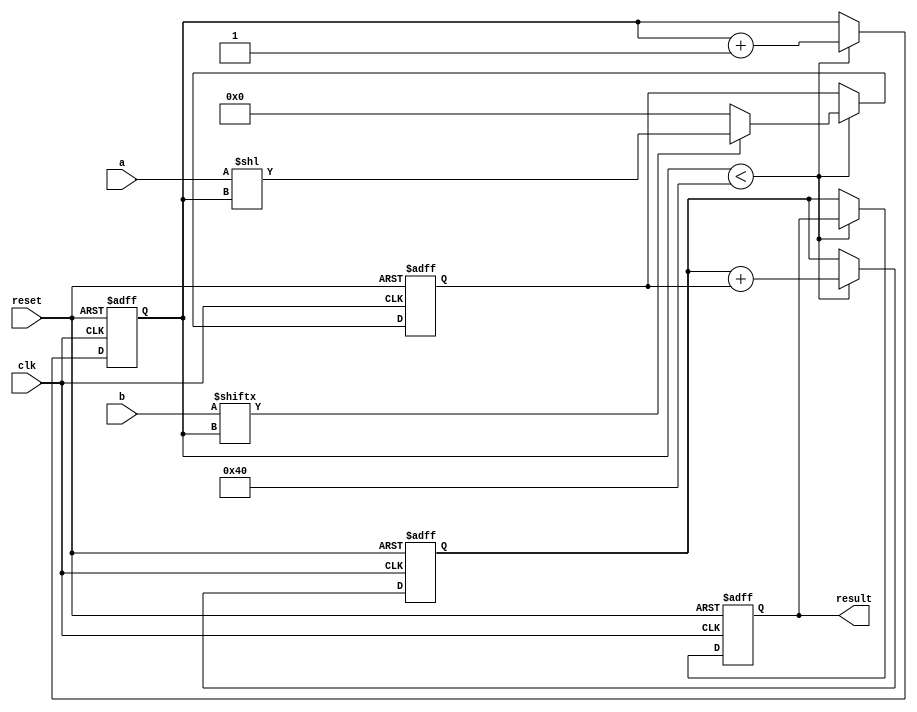
module multiplier (
    input wire clk,
    input wire reset,
    input wire [31:0] a,
    input wire [31:0] b,
    output reg [63:0] result
);

reg [63:0] product;
reg [63:0] partial_product;
reg [6:0] shift_cnt;

always @(posedge clk or posedge reset) begin
    if (reset) begin
        shift_cnt <= 0;
        partial_product <= 0;
        product <= 0;
        result <= 0;
    end else begin
        if (shift_cnt < 64) begin
            if (b[shift_cnt]) begin
                partial_product <= {32'b0, a} << shift_cnt;
            end else begin
                partial_product <= 0;
            end
            product <= product + partial_product;
            shift_cnt <= shift_cnt + 1;
        end else begin
            result <= product;
        end
    end
end

endmodule